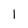
Character: l